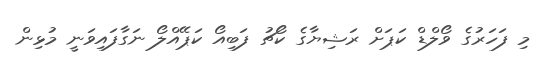
މި ފަހަރުގެ ވޯލްޑް ކަޕަށް ރަޝިޔާގެ ކޯޗު ފަބިއޯ ކަޕޭއްލޯ ނަގާފައިވަނީ މުޅިން